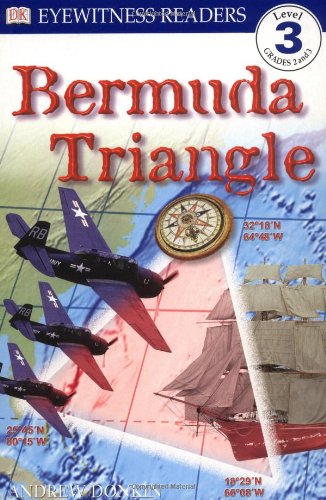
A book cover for Readers: Bermuda Triangle; Andrew Donkin; Children's Books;